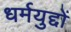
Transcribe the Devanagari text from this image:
धर्मयुद्दों